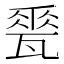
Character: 𪼽